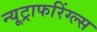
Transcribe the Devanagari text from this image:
न्यूट्राफरिंग्ल्स